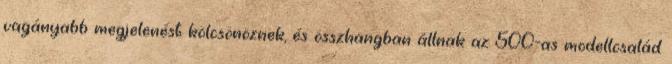
vagányabb megjelenést kölcsönöznek, és összhangban állnak az 500-as modellcsalád